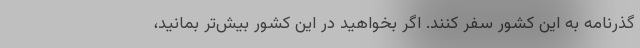
گذرنامه به این کشور سفر کنند. اگر بخواهید در این کشور بیش‌تر بمانید،